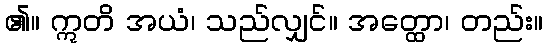
၏။ ဣတိ အယံ၊ သည်လျှင်။ အတ္ထော၊ တည်း။